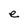
Character: e